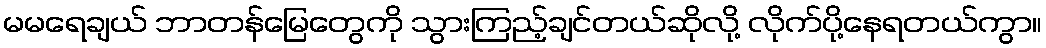
မမရေချယ် ဘာတန်မြေတွေကို သွားကြည့်ချင်တယ်ဆိုလို့ လိုက်ပို့နေရတယ်ကွာ။